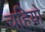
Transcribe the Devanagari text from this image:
चहियो